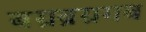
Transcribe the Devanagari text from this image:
बग्रब्रग्रगब